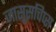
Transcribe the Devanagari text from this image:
जासूसचिप्स